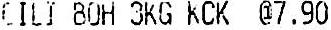
CILI BOH 3KG KCK @7.90